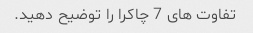
تفاوت های 7 چاکرا را توضیح دهید.